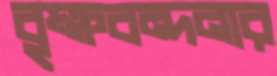
বৃক্ষবন্দনার